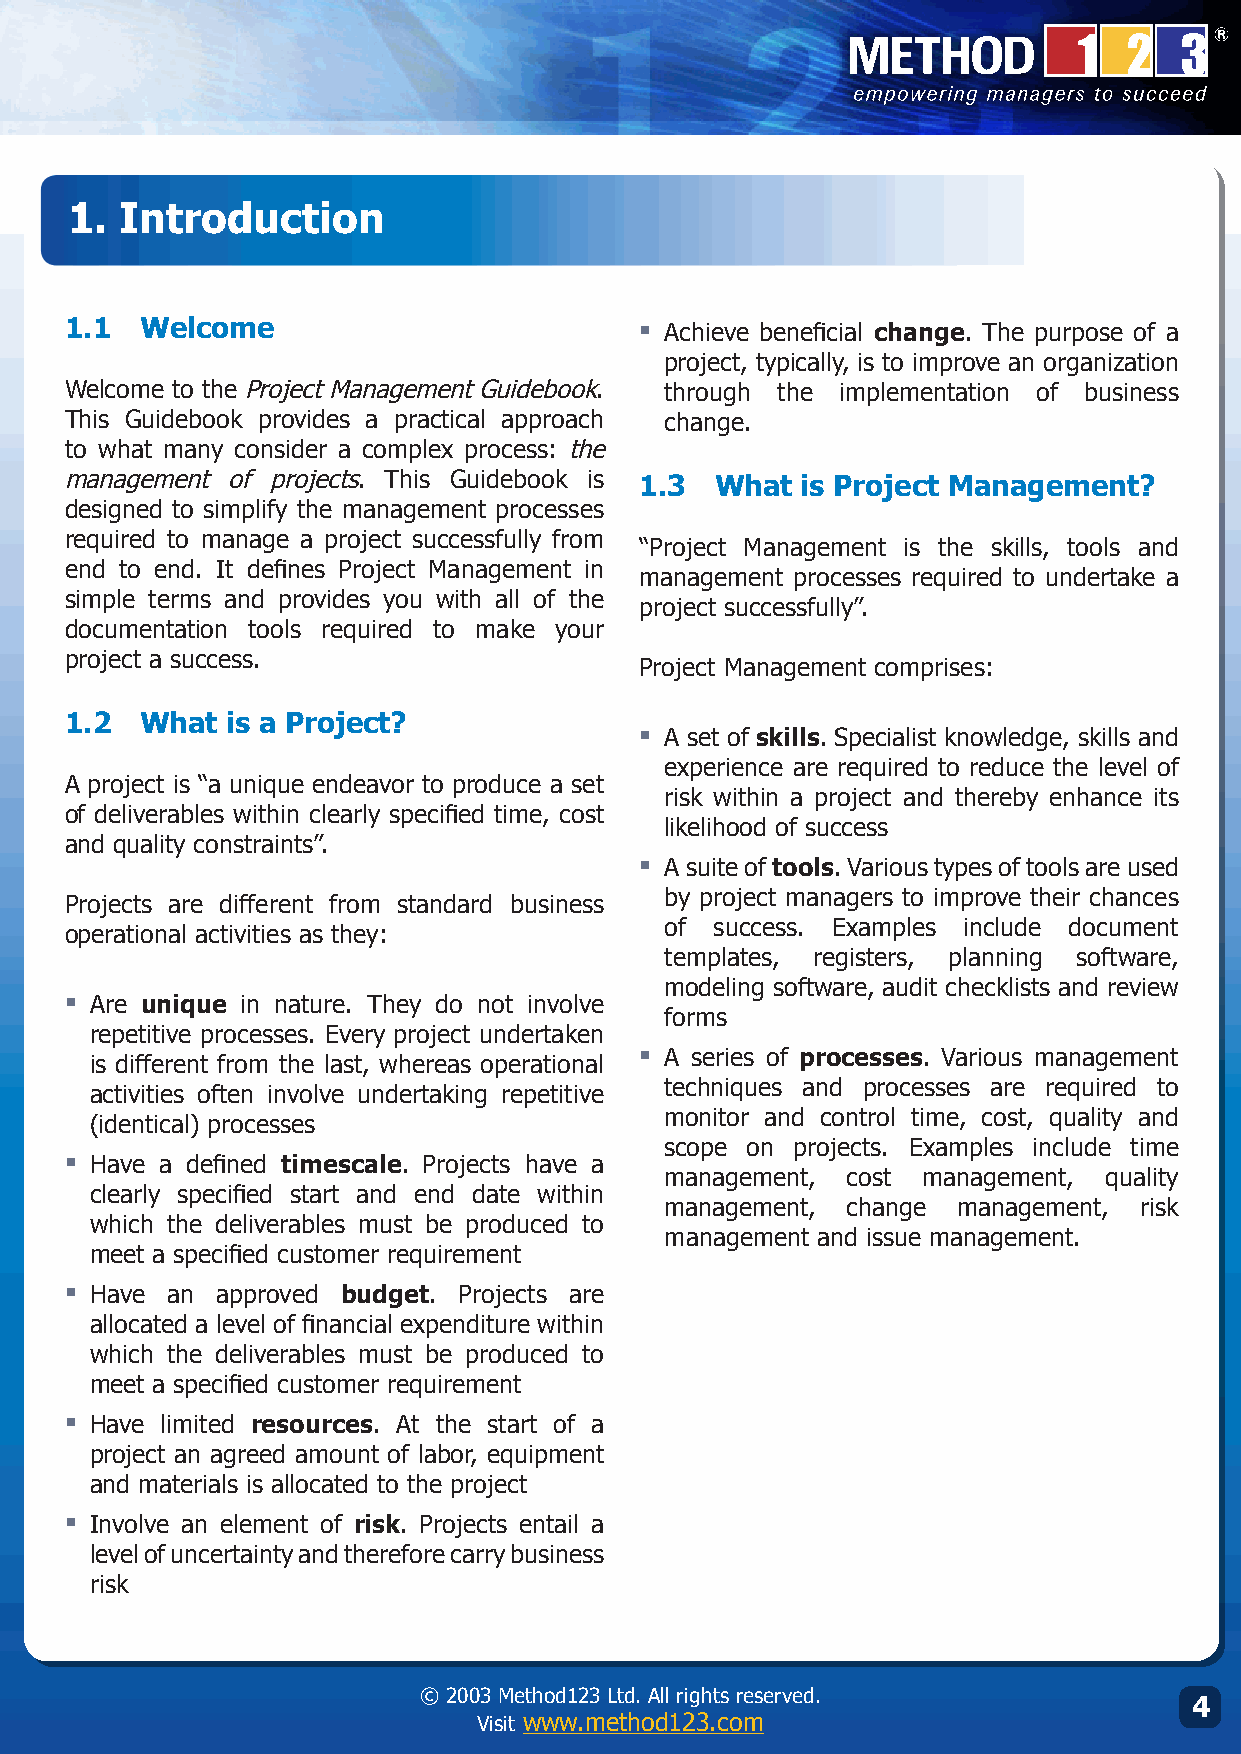
1.  Introduction
 1.1  Welcome                          ▪
 Achieve beneficial change. The purpose of a
 project, typically, is to improve an organization
 Welcome to the Project Management Guidebook. through the implementation of business
 This Guidebook provides a practical approach change.
 to what many consider a complex process: the
 management of projects. This Guidebook is 1.3 What is Project Management?
 designed to simplify the management processes
 required to manage a project successfully from
 “Project Management is the skills, tools and
 end to end. It defines Project Management in
 management processes required to undertake a
 simple terms and provides you with all of the
 project successfully”.
 documentation tools required to make your
 project a success.
 Project Management comprises:
 1.  What  is a Project?
 ▪
 A set of skills. Specialist knowledge, skills and
 experience are required to reduce the level of
 A project is “a unique endeavor to produce a set
 risk within a project and thereby enhance its
 of deliverables within clearly specified time, cost
 likelihood of success
 and quality constraints”.
 ▪
 A suite of tools. Various types of tools are used
 by project managers to improve their chances
 Projects are different from standard business
 of success. Examples include document
 operational activities as they:
 templates, registers, planning software,
 modeling software, audit checklists and review
 ▪
 Are unique in nature. They do not involve
 forms
 repetitive processes. Every project undertaken
 ▪
 A series of processes. Various management
 is different from the last, whereas operational
 techniques and processes are required to
 activities often involve undertaking repetitive
 monitor and control time, cost, quality and
 (identical) processes
 scope on projects. Examples include time
 ▪
 Have a defined timescale. Projects have a
 management, cost management, quality
 clearly specified start and end date within
 management, change management, risk
 which the deliverables must be produced to
 management and issue management.
 meet a specified customer requirement
 ▪
 Have an approved budget. Projects are
 allocated a level of financial expenditure within
 which the deliverables must be produced to
 meet a specified customer requirement
 ▪
 Have limited resources. At the start of a
 project an agreed amount of labor, equipment
 and materials is allocated to the project
 ▪
 Involve an element of risk. Projects entail a
 level of uncertainty and therefore carry business
 risk
 © 2003 Method123 Ltd. All rights reserved.                                        © 2003 Method123 Ltd. All rights reserved.
 4
 Visit www.method123.com